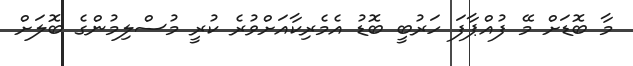
މާ ބޮޑަށް މޭ ފުއްޕާފަ ހަރުބީ ބޮޑު އެމެރިކާއަށްވުރެ ކުރީ މުސްލިމުންގެ ބޮލަށް